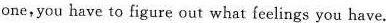
one,you have to figure out what icelings you have.